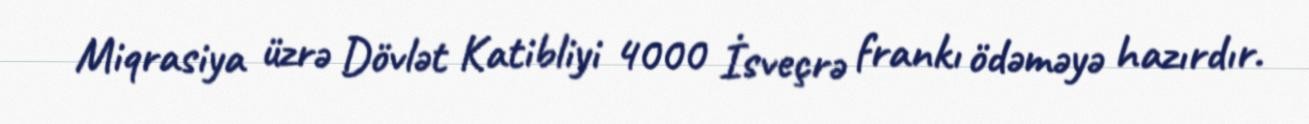
Miqrasiya üzrə Dövlət Katibliyi 4000 İsveçrə frankı ödəməyə hazırdır.